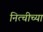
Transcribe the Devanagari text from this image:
नित्चीच्या